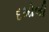
દમોલી